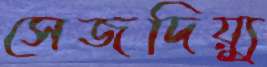
সেজদিয়্যু